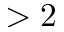
> 2